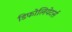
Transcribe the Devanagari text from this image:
डिफोलियेटर्स